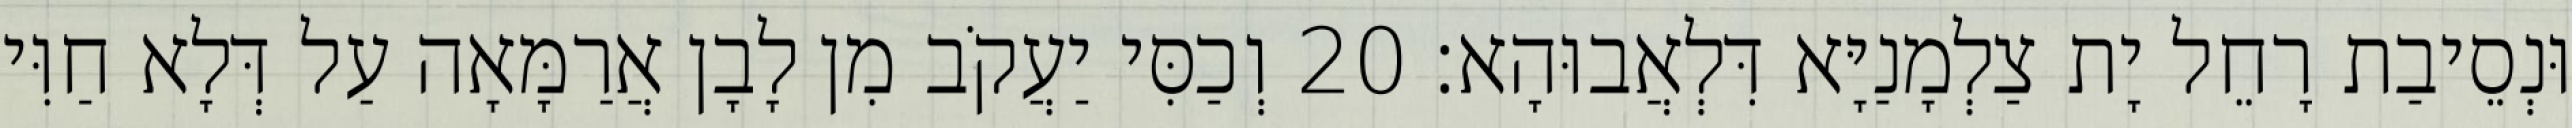
וּנְסֵיבַת רָחֵל יָת צַלְמָנַיָּא דִּלְאֲבוּהָא׃ 20 וְכַסִּי יַעֲקֹב מִן לָבָן אֲרַמָּאָה עַל דְּלָא חַוִּי